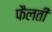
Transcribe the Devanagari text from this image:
फैलतीं